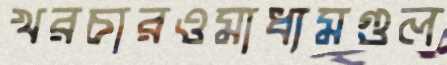
খরচারওমাধ্যমগুল